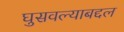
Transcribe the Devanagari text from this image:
घुसवल्याबद्दल